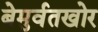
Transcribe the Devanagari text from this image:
बेमुर्वतखोर